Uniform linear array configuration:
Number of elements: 4
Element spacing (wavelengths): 0.5
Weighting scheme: cosine
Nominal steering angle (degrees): -45
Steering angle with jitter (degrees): -43.129
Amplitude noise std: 0.05
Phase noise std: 0.05

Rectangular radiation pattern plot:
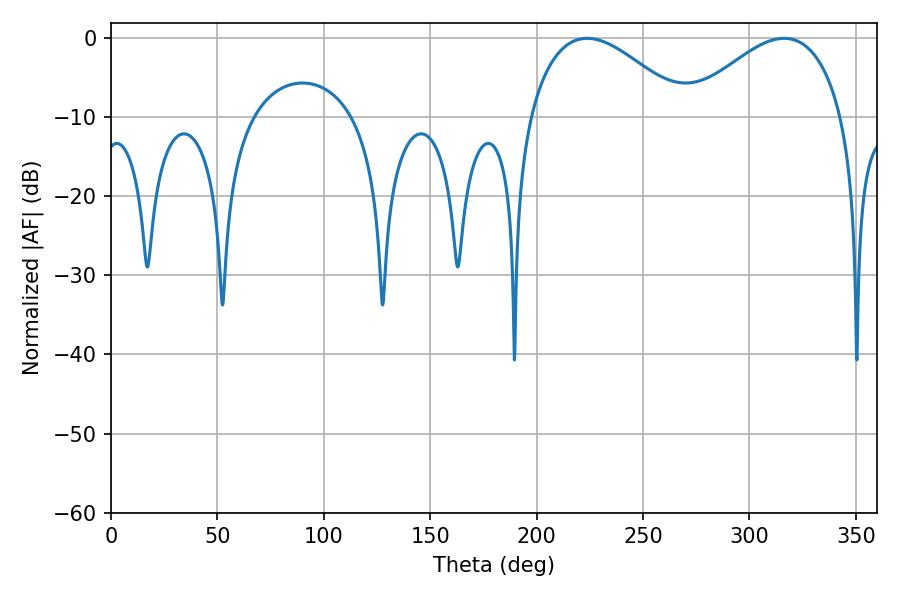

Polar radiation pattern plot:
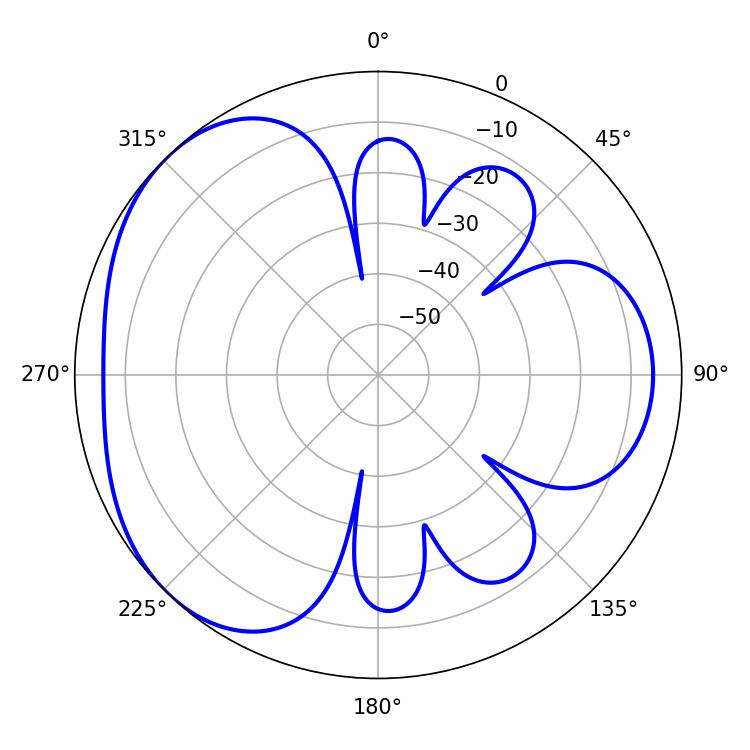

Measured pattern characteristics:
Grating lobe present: FALSE
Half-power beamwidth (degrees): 40.32
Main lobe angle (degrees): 223.74